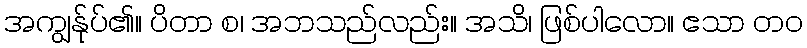
အကျွန်ုပ်၏။ ပိတာ စ၊ အဘသည်လည်း။ အသိ၊ ဖြစ်ပါလော။ ဧသာ တဝ